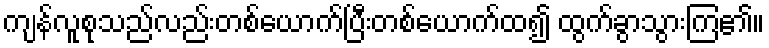
ကျန်လူစုသည်လည်းတစ်ယောက်ပြီးတစ်ယောက်ထ၍ ထွက်ခွာသွားကြ၏။